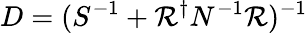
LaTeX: D=(S^{-1}+\mathcal{R}^{\dagger}N^{-1}\mathcal{R})^{-1}